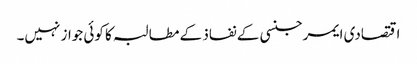
اقتصادی ایمرجنسی کے نفاذ کے مطالبہ کا کوئی جواز نہیں۔